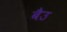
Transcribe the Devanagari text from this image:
बैउ